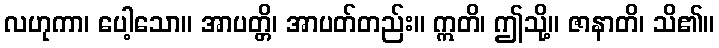
လဟုကာ၊ ပေါ့သော။ အာပတ္တိ၊ အာပတ်တည်း။ ဣတိ၊ ဤသို့။ ဇာနာတိ၊ သိ၏။